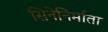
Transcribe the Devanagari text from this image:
सिनेनिर्माता